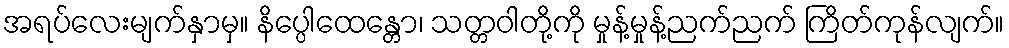
အရပ်လေးမျက်နှာမှ။ နိပ္ပေါထေန္တော၊ သတ္တဝါတို့ကို မှုန့်မှုန့်ညက်ညက် ကြိတ်ကုန်လျက်။